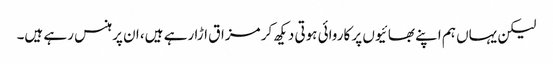
لیکن یہاں ہم اپنے بھائیوں پر کاروائی ہوتی دیکھ کر مزاق اڑا رہے ہیں، ان پر ہنس رہے ہیں۔